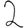
Digit: 2